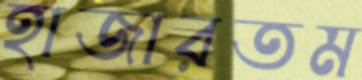
হাজারতম